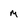
Character: m